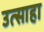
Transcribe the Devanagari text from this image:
उत्साहा